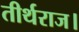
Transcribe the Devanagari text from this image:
तीर्थराज।